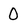
Character: 0